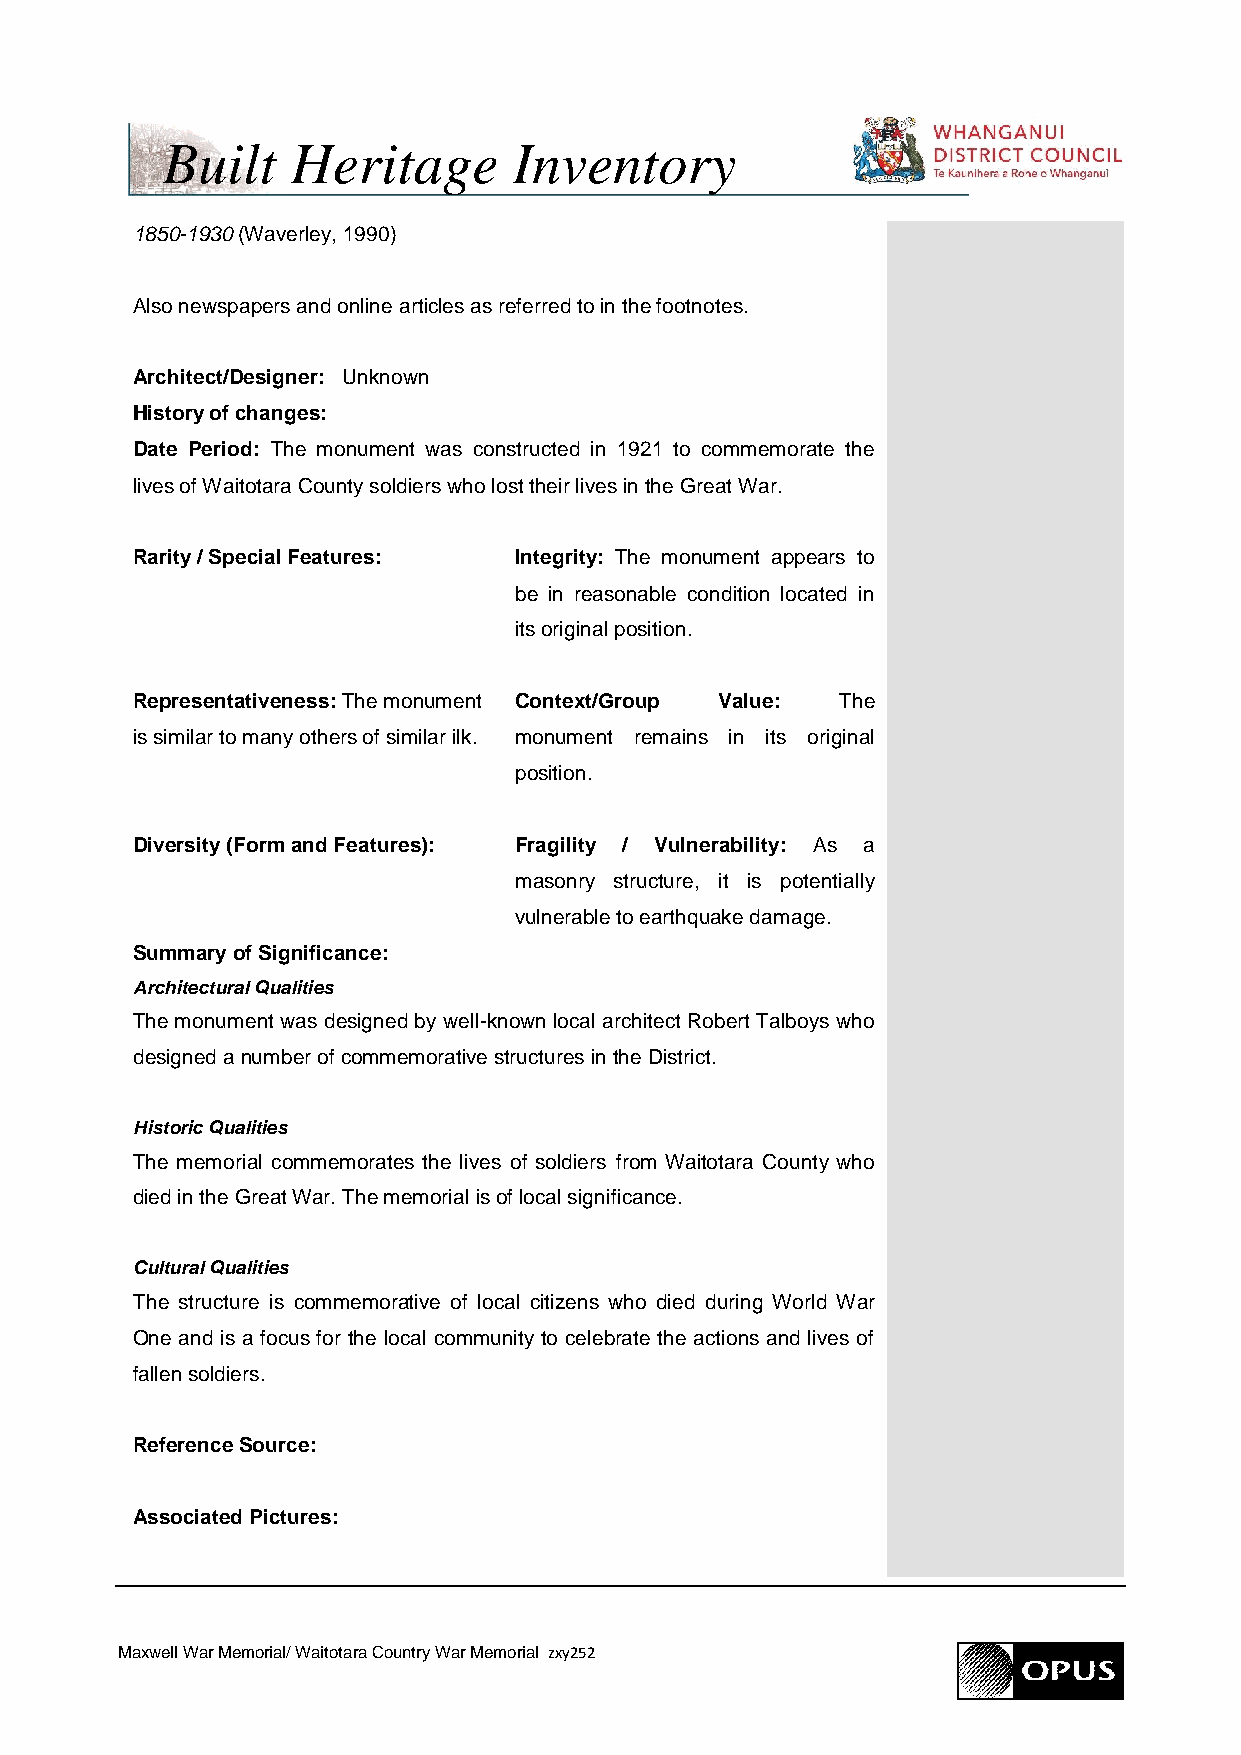
Built   Heritage       Inventory
 1850-1930 (Waverley, 1990)
 Also newspapers and online articles as referred to in the footnotes.
 Architect/Designer: Unknown
 History of changes:
 Date Period: The monument was constructed in 1921 to commemorate the
 lives of Waitotara County soldiers who lost their lives in the Great War.
 Rarity / Special Features: Integrity: The monument appears to
 be in reasonable condition located in
 its original position.
 Representativeness: The monument Context/Group Value: The
 is similar to many others of similar ilk. monument remains in its original
 position.
 Diversity (Form and Features): Fragility / Vulnerability: As a
 masonry structure, it is potentially
 vulnerable to earthquake damage.
 Summary of Significance:
 Architectural Qualities
 The monument was designed by well-known local architect Robert Talboys who
 designed a number of commemorative structures in the District.
 Historic Qualities
 The memorial commemorates the lives of soldiers from Waitotara County who
 died in the Great War. The memorial is of local significance.
 Cultural Qualities
 The structure is commemorative of local citizens who died during World War
 One and is a focus for the local community to celebrate the actions and lives of
 fallen soldiers.
 Reference Source:
 Associated Pictures:
 Maxwell War Memorial/ Waitotara Country War Memorial zxy252